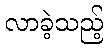
လာခဲ့သည့်